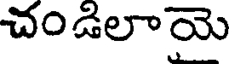
చండిలాయె